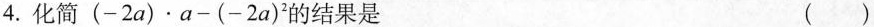
4.化简(-2a)\cdot a-(-2a)^{2}的结果是 ( )